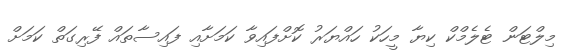
މިލްޓަން ޓެލެމްކް ކިޔާ މީހަކު ހައްޔަރު ކޮށްފައިވާ ކަމަށާއި ފައިސާތައް ފޭރިގަތް ކަމަށް